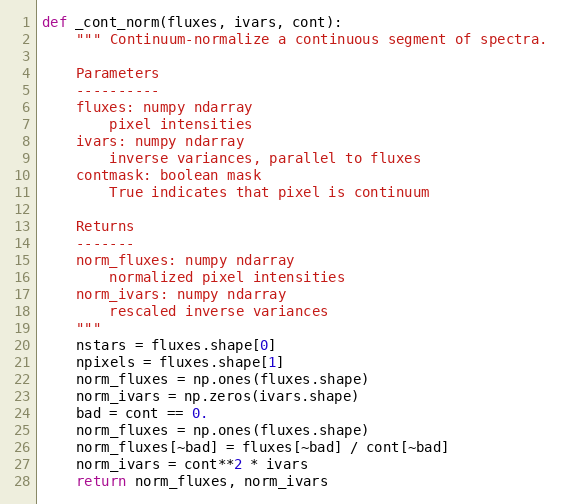
Language: Python
def _cont_norm(fluxes, ivars, cont):
    """ Continuum-normalize a continuous segment of spectra.

    Parameters
    ----------
    fluxes: numpy ndarray
        pixel intensities
    ivars: numpy ndarray
        inverse variances, parallel to fluxes
    contmask: boolean mask
        True indicates that pixel is continuum

    Returns
    -------
    norm_fluxes: numpy ndarray
        normalized pixel intensities
    norm_ivars: numpy ndarray
        rescaled inverse variances
    """
    nstars = fluxes.shape[0]
    npixels = fluxes.shape[1]
    norm_fluxes = np.ones(fluxes.shape)
    norm_ivars = np.zeros(ivars.shape)
    bad = cont == 0.
    norm_fluxes = np.ones(fluxes.shape)
    norm_fluxes[~bad] = fluxes[~bad] / cont[~bad]
    norm_ivars = cont**2 * ivars
    return norm_fluxes, norm_ivars